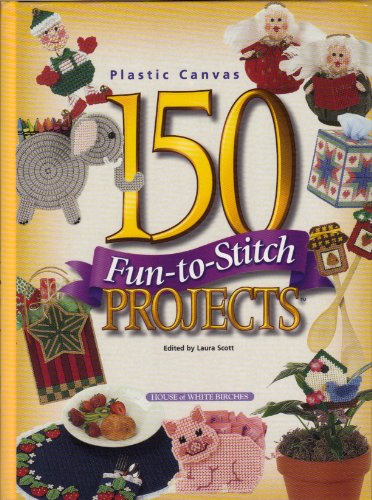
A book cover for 150 Fun-To-Stitch Projects (Plastic Canvas); House of White Birches LLC; Crafts, Hobbies & Home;